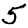
Digit: 5